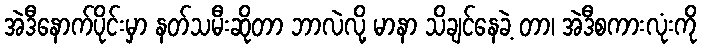
အဲဒီနောက်ပိုင်းမှာ နတ်သမီးဆိုတာ ဘာလဲလို့ မာနာ သိချင်နေခဲ့ တာ၊ အဲဒီစကားလုံးကို